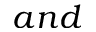
a n d